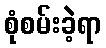
စုံစမ်းခဲ့ရာ